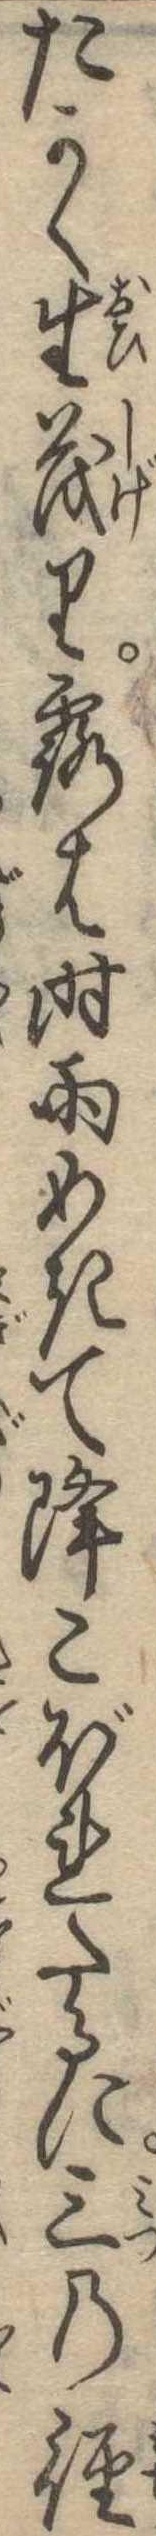
たかく生茂り露は時雨めきて降こぼれたるに三の径